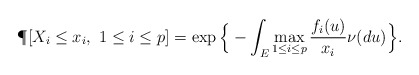
\begin{align*}\P[ X_i\le x_i,\ 1\leq i\leq p] = \exp\Big\{-\int_{E} \max_{1\leq i\leq p} \frac{f_i(u)}{x_i} \nu(du) \Big\}.\end{align*}